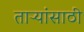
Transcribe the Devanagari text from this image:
ताऱ्यांसाठी